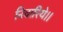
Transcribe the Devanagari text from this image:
निवारिये।।